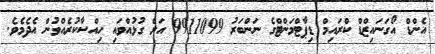
އެންޑް އޯގަނައިޒްޑް ކްރައިމް ޑިޕާޓްމަންޓްގެ ނަންބަރު 9911099 އަށް ގުޅުއްވައި ހިއްސާކުރެއްވުން އެދެމެވެ.